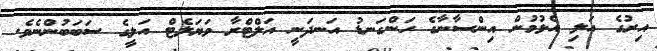
އިރުގެ އަލި އެޅުމުން އިންސާނާގެ ހަންގަނޑު އަނދަނީ އަލްޓްރާ ވަޔަލެޓް އަލީގެ ސަބަބުންނެވެ.